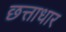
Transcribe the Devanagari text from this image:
छत्ताधार